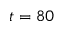
t = 8 0